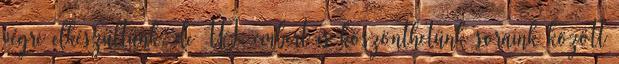
végre elkészültünk, de ÚJ. embert is köszönthetünk soraink között